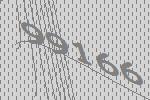
99166